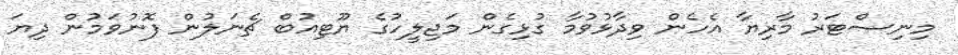
މިނިސްޓަރު މާރިޔާ އެހެން ވިދާޅުވުމާ ގުޅިގެން މަޖިލީހުގެ ޔޫޓިއުބް ޗެނަލުން ފޮނުވަމުން ދިޔަ